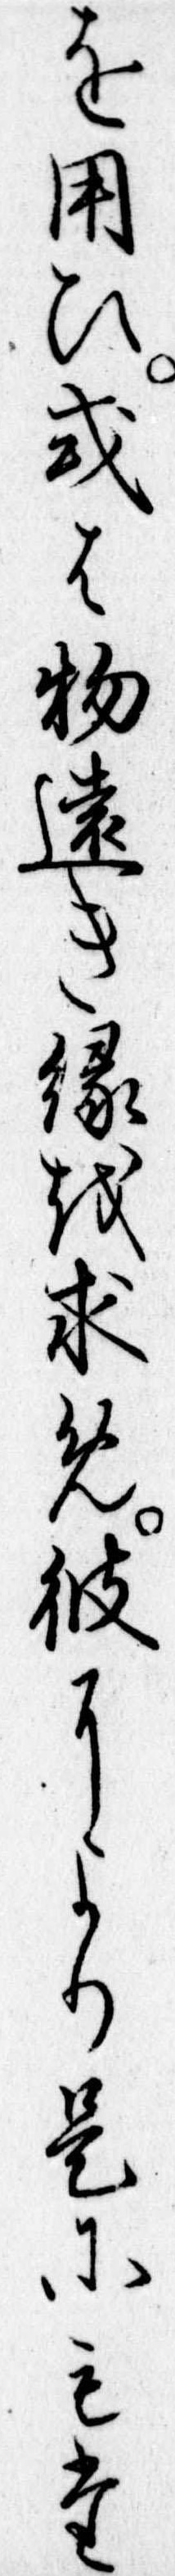
を用ひ或は物遠き縁を求め彼により是にもた